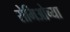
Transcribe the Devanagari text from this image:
रोमिओच्या